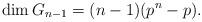
LaTeX: \begin{align*}\dim G_{n-1}=(n-1)(p^n-p).\end{align*}